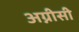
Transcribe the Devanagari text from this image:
अग्नीसी